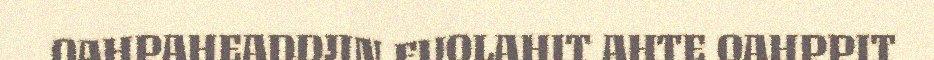
OAHPAHEADDJIN FUOLAHIT AHTE OAHPPIT